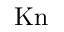
\mathrm { K n }